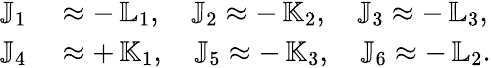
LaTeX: \begin{array}{rl}{{\mathbb J}_{1}}&{{}\approx-\, {\mathbb L}_{1},\quad{\mathbb J}_{2}\approx-\, {\mathbb K}_{2},\quad{\mathbb J}_{3}\approx-\, {\mathbb L}_{3},}\\ {{\mathbb J}_{4}}&{{}\approx+\, {\mathbb K}_{1},\quad{\mathbb J}_{5}\approx-\, {\mathbb K}_{3},\quad{\mathbb J}_{6}\approx-\, {\mathbb L}_{2}.}\end{array}